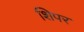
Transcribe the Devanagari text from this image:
शिपर